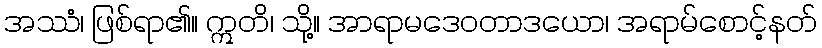
အဿံ၊ ဖြစ်ရာ၏။ ဣတိ၊ သို့။ အာရာမဒေဝတာဒယော၊ အရာမ်စောင့်နတ်